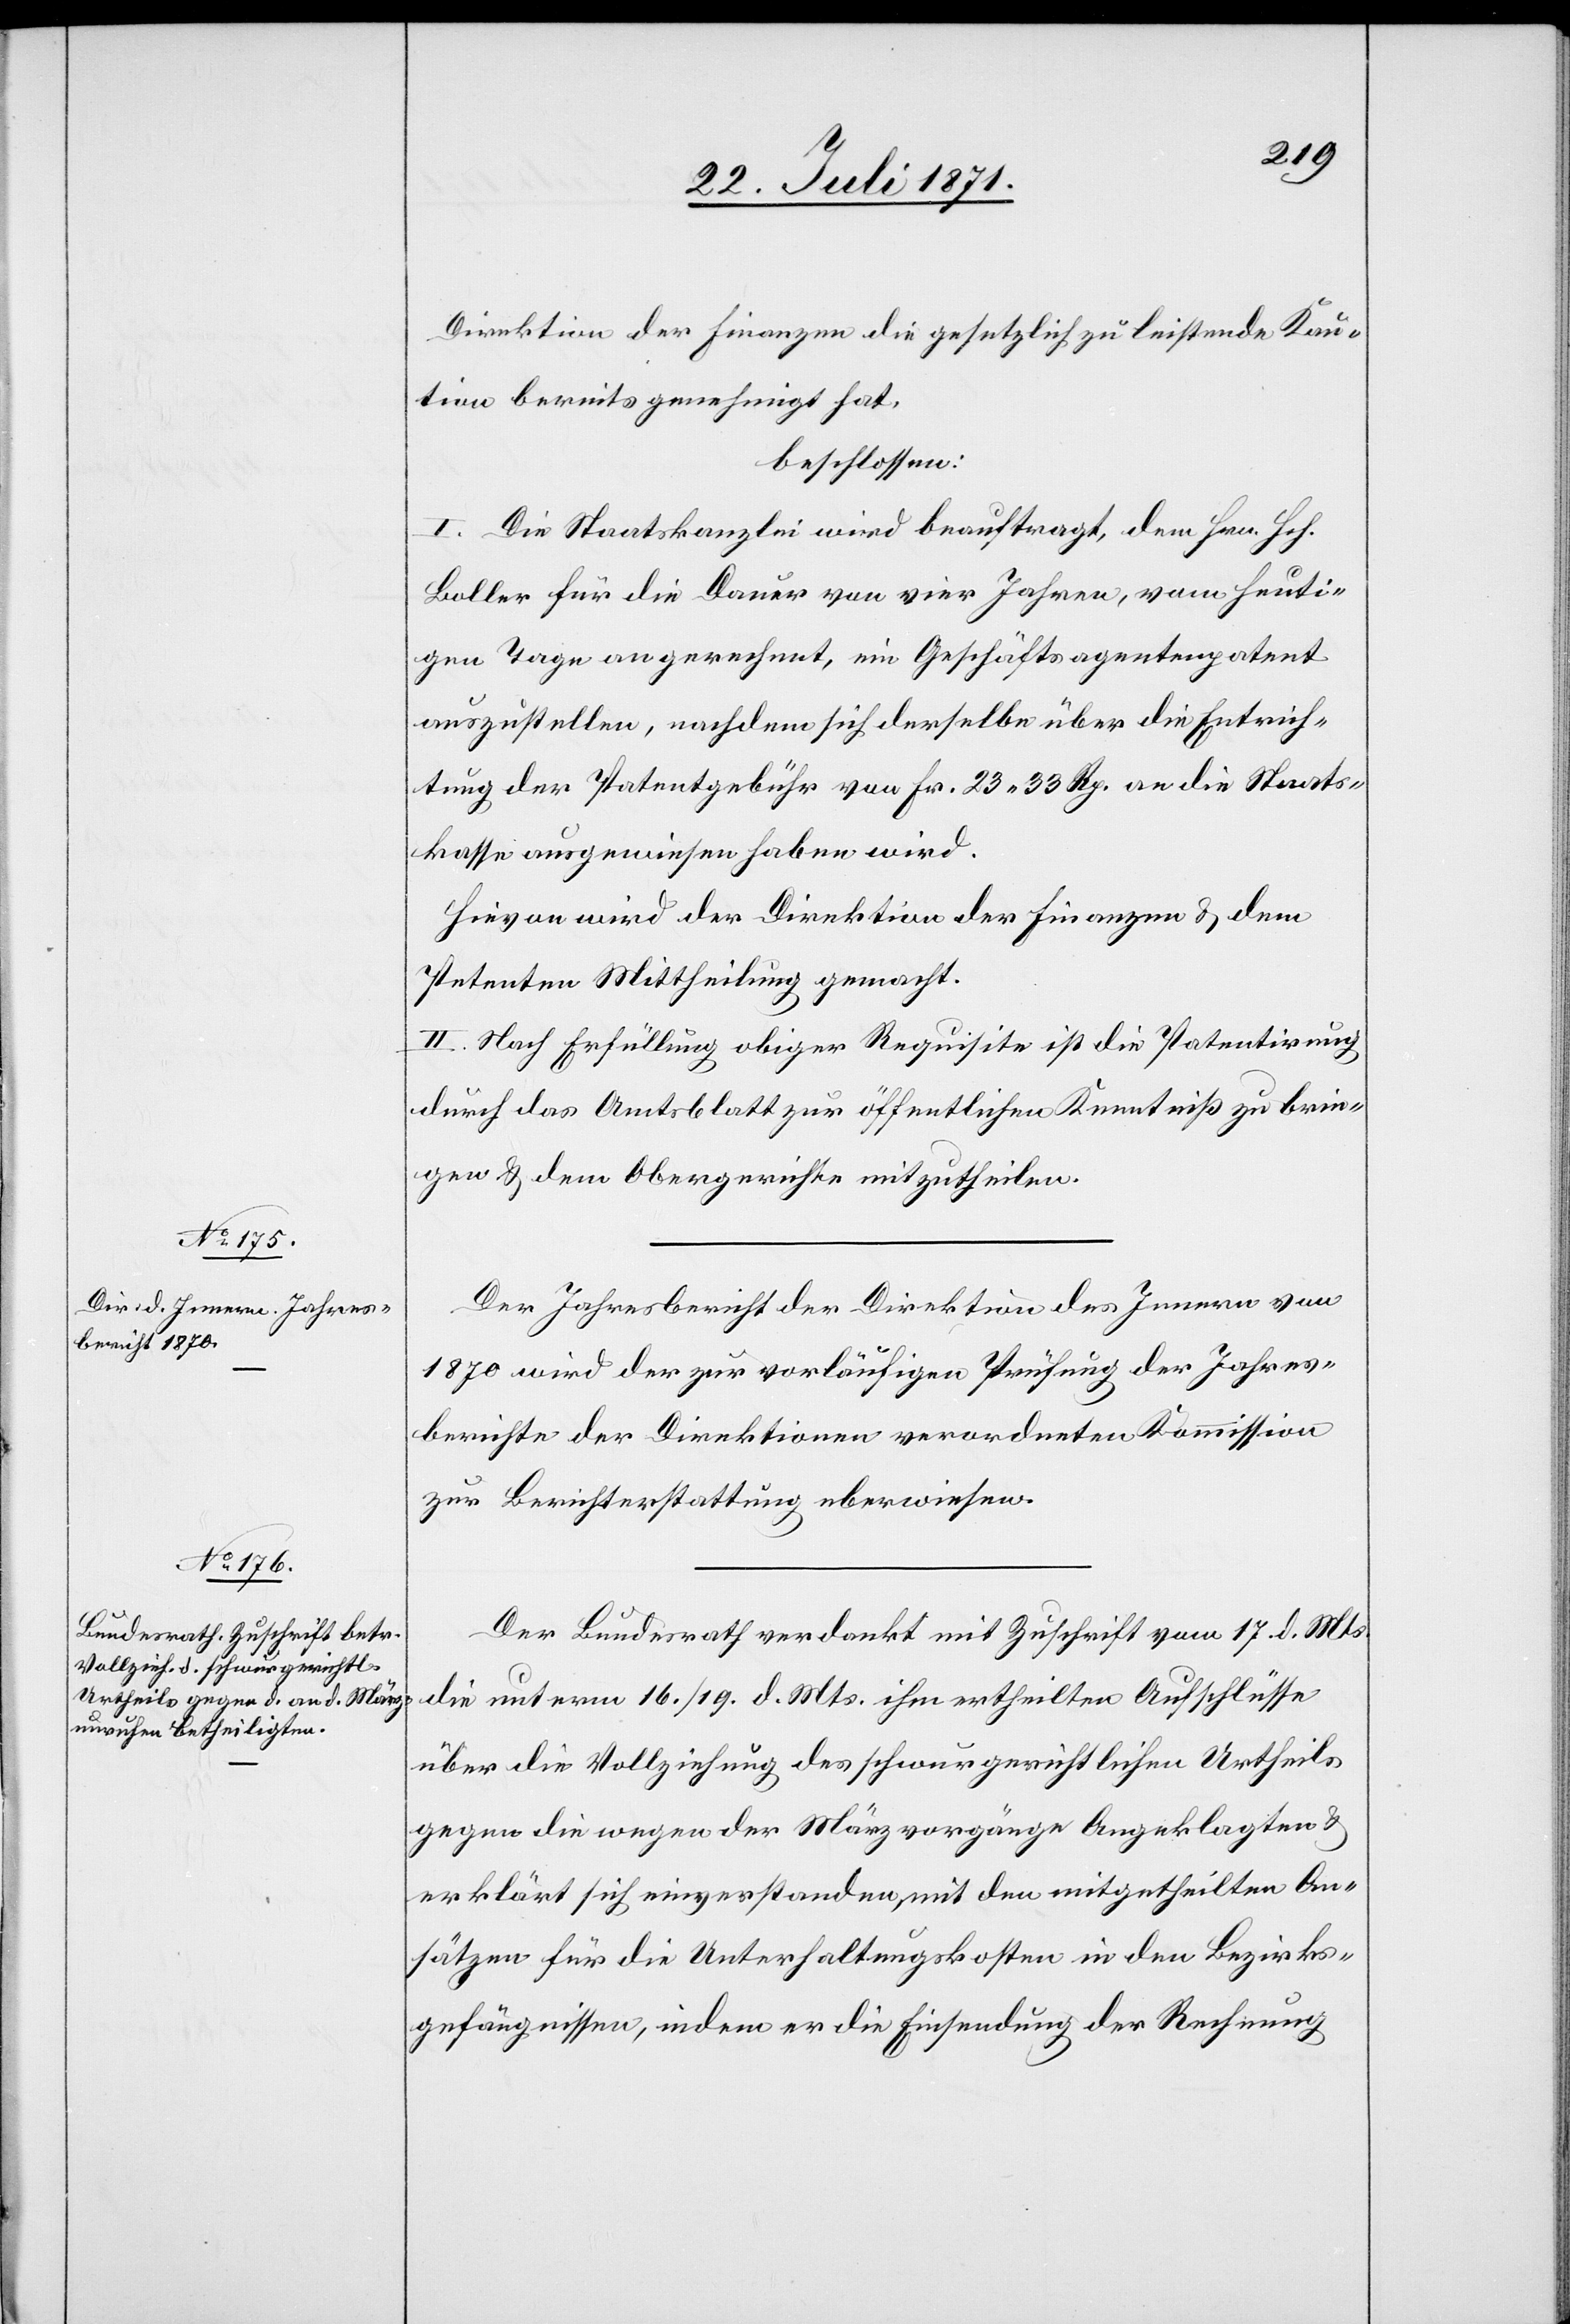
Direktion der Finanzen die gesetzlich zu leistende Kau¬
tion bereits genehmigt hat,
beschlossen:
I. Die Staatskanzlei wird beauftragt, dem Hrn. Hch.
Boller für die Dauer von vier Jahren, vom heuti¬
gen Tage an gerechnet, ein Geschäftsagentenpatent
auszustellen, nachdem sich derselbe über die Entrich¬
tung der Patentgebühr von Fr. 23.33 Rp. an die Staats¬
kasse ausgewiesen haben wird.
Hievon wird der Direktion der Finanzen u. dem
Petenten Mittheilung gemacht.
II. Nach Erfüllung obiger Requisite ist die Patentirung
durch das Amtsblatt zur öffentlichen Kenntniß zu brin¬
gen u. dem Obergerichte mitzutheilen.
Der Jahresbericht der Direktion des Innern von
1870 wird der zur vorläufigen Prüfung der Jahres¬
berichte der Direktion verordneten Kommission
zur Berichterstattung uberweisen
Der Bundesrath verdankt mit Zuschrift vom 17. d. Mts.
die unterm 16./19. d. Mts. ihm ertheilten Aufschlüsse
über die Vollziehung des schwurgerichtlichen Urtheils
gegen die wegen der Märzvorgänge Angeklagten u.
erklärt sich einverstanden, mit den mitgetheilten An¬
sätzen für die Unterhaltungskosten in den Bezirks¬
gefängnissen, indem er die Einsendung der Rechnung